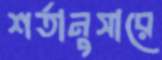
শর্তানুসারে